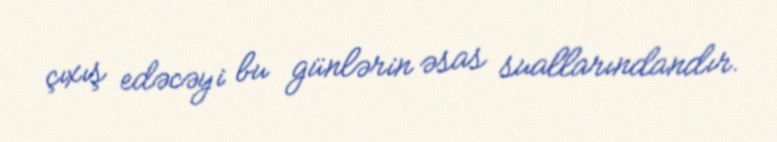
çıxış edəcəyi bu günlərin əsas suallarındandır.